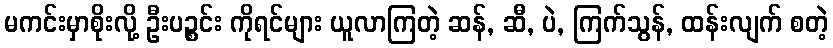
မကင်းမှာစိုးလို့ ဦးပဉ္စင်း ကိုရင်များ ယူလာကြတဲ့ ဆန်, ဆီ, ပဲ, ကြက်သွန်, ထန်းလျက် စတဲ့